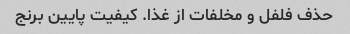
حذف فلفل و مخلفات از غذا. کیفیت پایین برنج